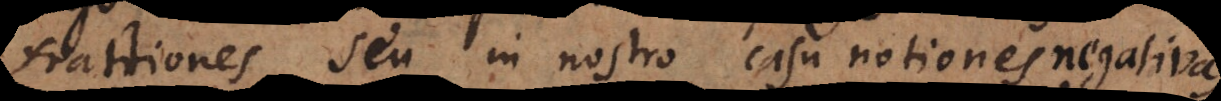
fractiones seu in nostro casu notiones negativas,